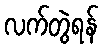
လက်တွဲရန်